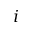
i